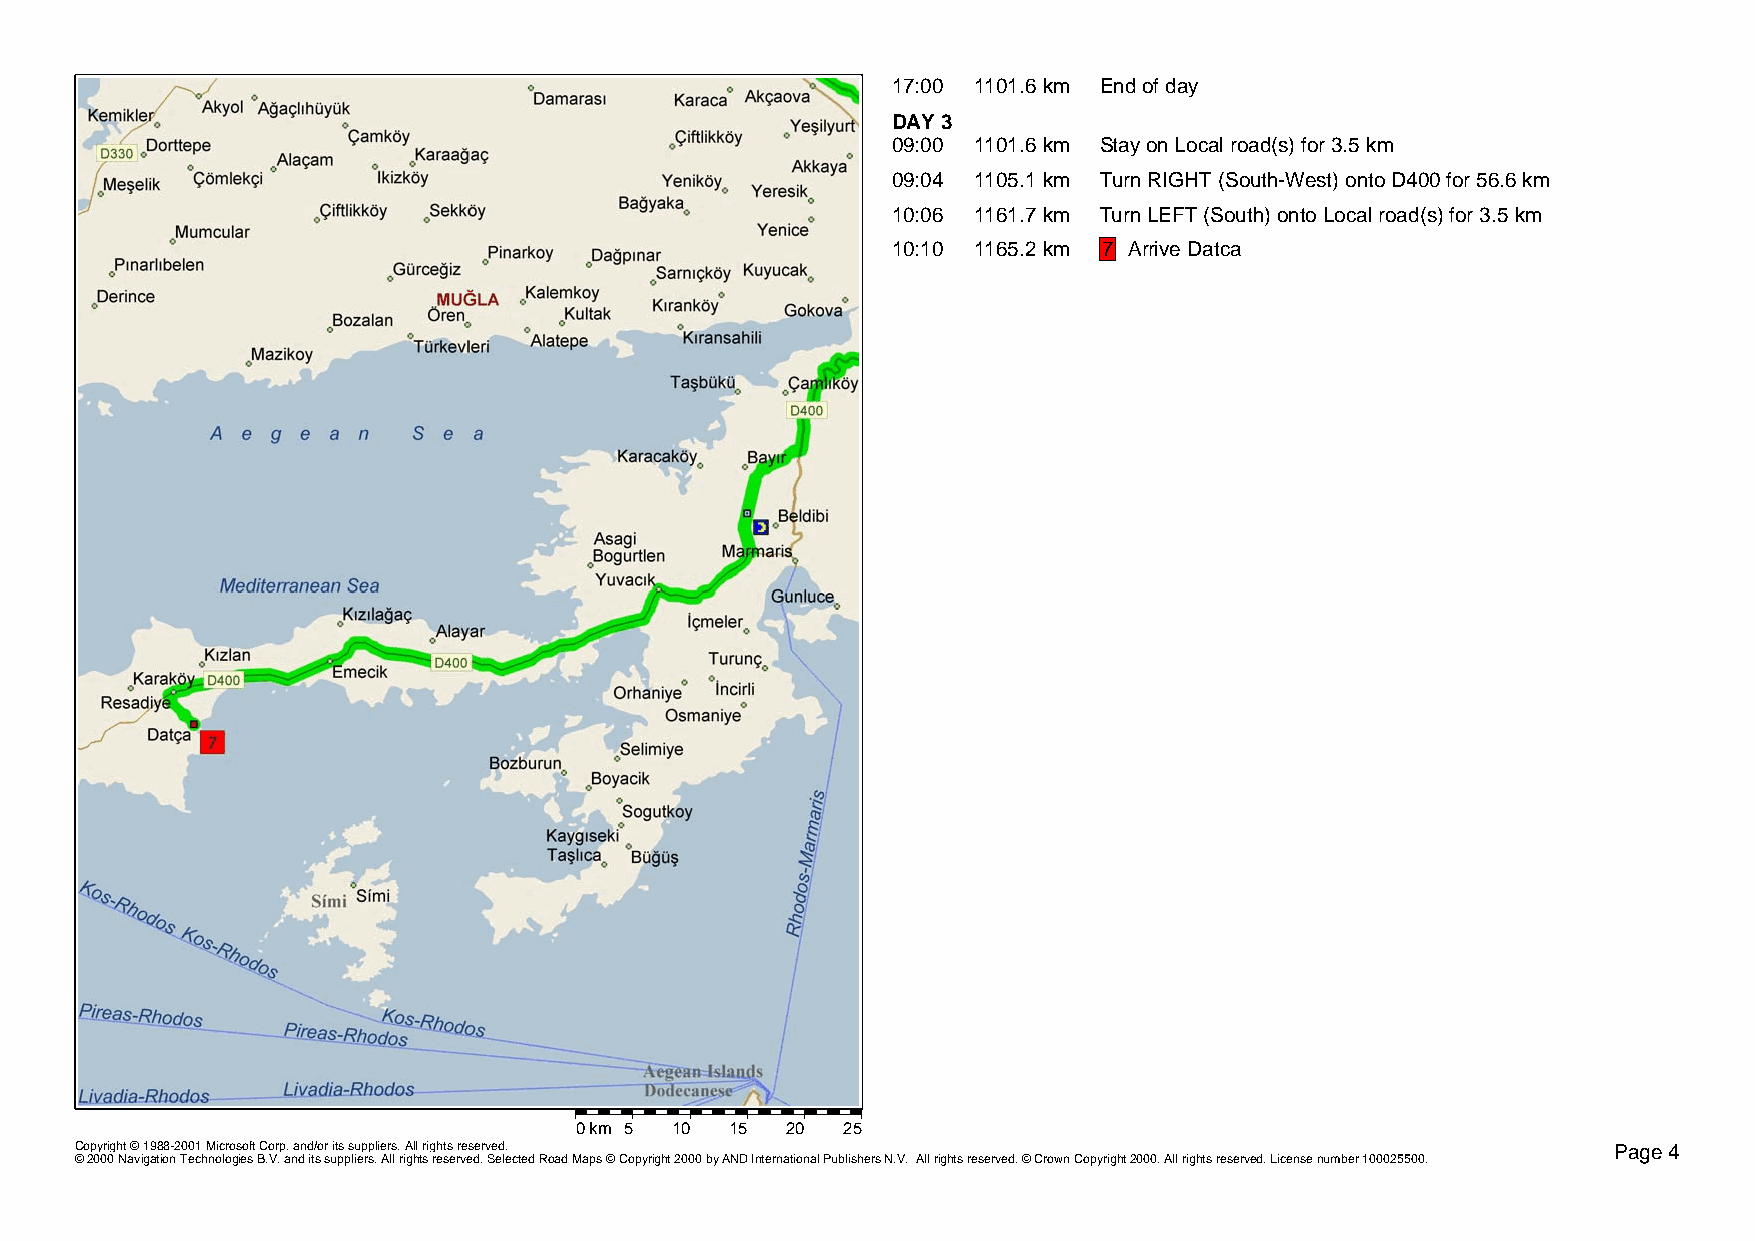
17:00 1101.6 km End of day
 DAY 3
 09:00 1101.6 km Stay on Local road(s) for 3.5 km
 09:04 1105.1 km Turn RIGHT (South-West) onto D400 for 56.6 km
 10:06 1161.7 km Turn LEFT (South) onto Local road(s) for 3.5 km
 10:10 1165.2 km 7 Arrive Datca
 0 km 5 10 15  20  25
 Copyright © 1988-2001 Microsoft Corp. and/or its suppliers. All rights reserved.                      Page 4
 © 2000 Navigation Technologies B.V. and its suppliers. All rights reserved. Selected Road Maps © Copyright 2000 by AND International Publishers N.V. All rights reserved. © Crown Copyright 2000. All rights reserved. License number 100025500.